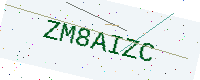
Text: ZM8AIZC